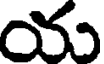
య